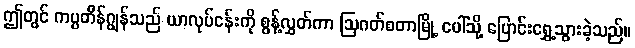
ဤတွင် ကပ္ပတိန်ဂျွန်သည် ယာလုပ်ငန်းကို စွန့်လွှတ်ကာ ဩဂတ်စတာမြို့ ပေါ်သို့ ပြောင်းရွှေ့သွားခဲ့သည်။